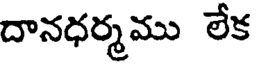
దానధర్మము లేక